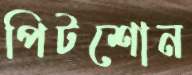
পিটশোন